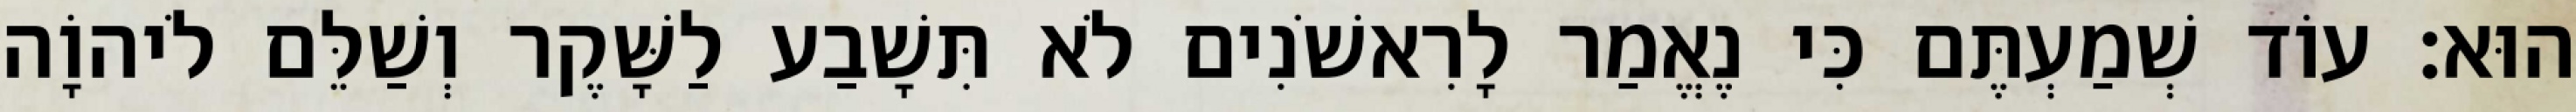
הוּא׃ עוֹד שְׁמַעְתֶּם כִּי נֶאֱמַר לָרִאשֹׁנִים לֹא תִּשָׁבַע לַשָּׁקֶר וְשַׁלֵּם לֹיהוָֹה